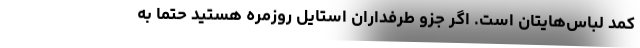
کمد لباس‌هایتان است. اگر جزو طرفداران استایل روزمره هستید حتما به